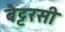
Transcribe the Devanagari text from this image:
बैट्टरसी